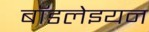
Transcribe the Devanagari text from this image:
बॉडलेइयन